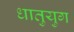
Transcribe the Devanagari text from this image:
धातुयुग